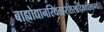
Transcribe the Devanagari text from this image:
बाह्योद्यानस्थितहरशिरश्चंद्रिकाधौतहर्म्या।।